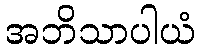
အဘိသာပါယံ